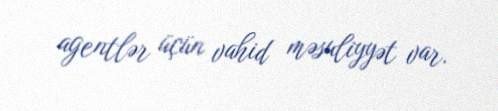
agentlər üçün vahid məsuliyyət var.